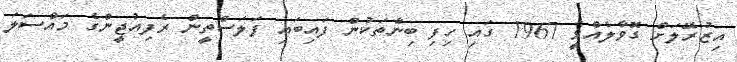
އިޒުރޭލަށް ގޮވާލެއްވީ 1967 ގައި ހިފި ބިންތަކުން ފައިބައި ފަލަސްތީން ރެފިއުޖީންގެ މައްސަލަ